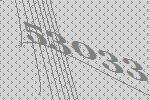
53033